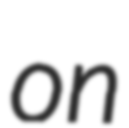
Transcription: on